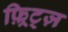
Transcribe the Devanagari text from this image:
फ़्रिट्ज़